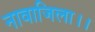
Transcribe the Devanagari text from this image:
नावाजिला।।